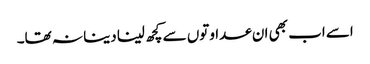
اسے اب بھی ان عداوتوں سے کچھ لینا دینا نہ تھا۔